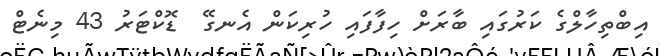
އިބްތިހާލްގެ ކަރުގައި ބާރަށް ހިފާފައި ހުރިކަން އެނގޭ  ޑޮކްޓަރު 43 މިނެޓް